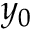
y _ { 0 }